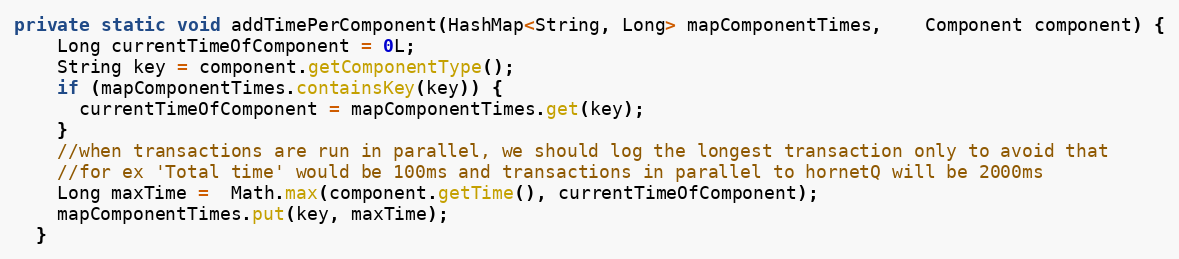
Language: Java
private static void addTimePerComponent(HashMap<String, Long> mapComponentTimes,	Component component) {
    Long currentTimeOfComponent = 0L;
    String key = component.getComponentType();
    if (mapComponentTimes.containsKey(key)) {
      currentTimeOfComponent = mapComponentTimes.get(key);
    }
    //when transactions are run in parallel, we should log the longest transaction only to avoid that
    //for ex 'Total time' would be 100ms and transactions in parallel to hornetQ will be 2000ms
    Long maxTime =  Math.max(component.getTime(), currentTimeOfComponent);
    mapComponentTimes.put(key, maxTime);
  }